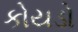
કોયડો